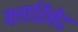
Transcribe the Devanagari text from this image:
क्लारिनेट